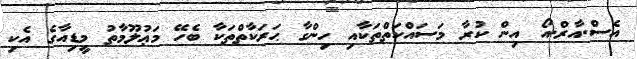
އެސް.އާރް.އޯ އިން ކުރާ މަސައްކަތްތަކާއި ހިންގާ ޙަރަކާތްތަކާ ބެހޭ މަޢުލޫމާތު މީޑިއާގެ އެކި